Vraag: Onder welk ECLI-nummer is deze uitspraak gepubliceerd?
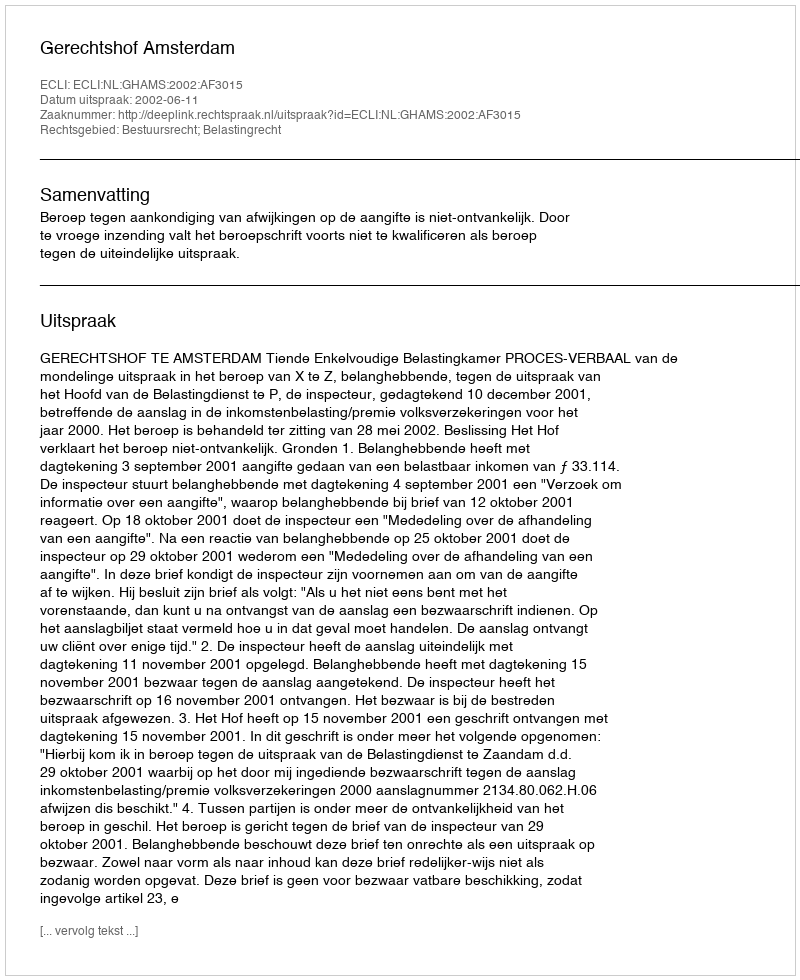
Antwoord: ECLI:NL:GHAMS:2002:AF3015